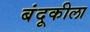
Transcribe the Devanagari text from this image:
बंदूकीला